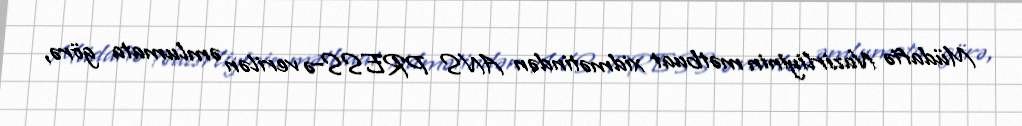
Müdafiə Nazirliyinin mətbuat xidmətindən ANS PRESS-ə verilən əmlumata görə,